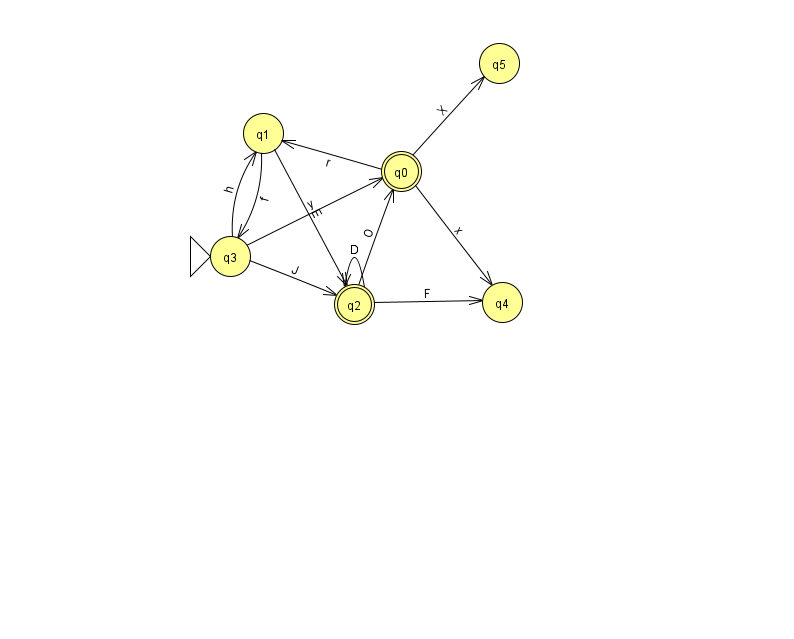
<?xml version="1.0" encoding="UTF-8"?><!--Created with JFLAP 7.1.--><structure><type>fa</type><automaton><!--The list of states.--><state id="0" name="q0"><x>401.0</x><y>158.0</y><final/></state><state id="1" name="q1"><x>263.0</x><y>120.0</y></state><state id="2" name="q2"><x>354.0</x><y>291.0</y><final/></state><state id="3" name="q3"><x>230.0</x><y>243.0</y><initial/></state><state id="4" name="q4"><x>502.0</x><y>289.0</y></state><state id="5" name="q5"><x>499.0</x><y>50.0</y></state><!--The list of transitions.--><transition><from>0</from><to>4</to><read>x</read></transition><transition><from>2</from><to>2</to><read>D</read></transition><transition><from>1</from><to>3</to><read>f</read></transition><transition><from>3</from><to>0</to><read>y</read></transition><transition><from>3</from><to>2</to><read>J</read></transition><transition><from>0</from><to>5</to><read>X</read></transition><transition><from>1</from><to>2</to><read>E</read></transition><transition><from>3</from><to>1</to><read>h</read></transition><transition><from>2</from><to>4</to><read>F</read></transition><transition><from>0</from><to>1</to><read>r</read></transition><transition><from>2</from><to>0</to><read>O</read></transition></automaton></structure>